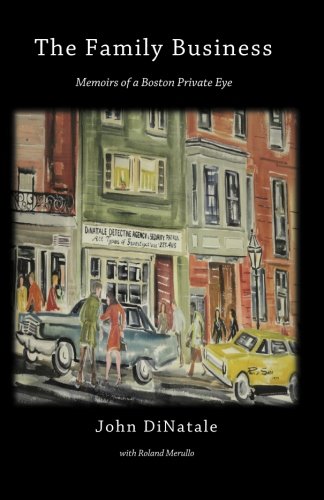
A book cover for The Family Business; John DiNatale; Biographies & Memoirs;